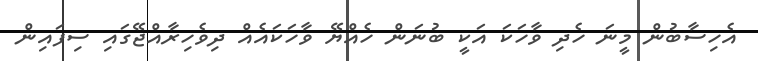
އެހިސާބުން މީނަ ހެދި ވާހަކަ އަކީ ބުނަން ހެއްޔޭ ވާހަކައެއް ދިވެހިރާއްޖޭގައި ސިފައިން